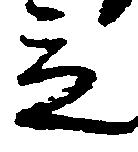
立